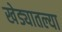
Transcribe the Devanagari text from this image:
खेड्यातल्या